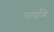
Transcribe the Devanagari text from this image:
अत्पत्ति